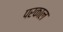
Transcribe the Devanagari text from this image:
परकाल